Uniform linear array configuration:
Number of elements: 8
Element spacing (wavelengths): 0.75
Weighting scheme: hamming
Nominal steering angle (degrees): -60
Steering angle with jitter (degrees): -60.406
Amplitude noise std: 0.05
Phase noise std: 0.05

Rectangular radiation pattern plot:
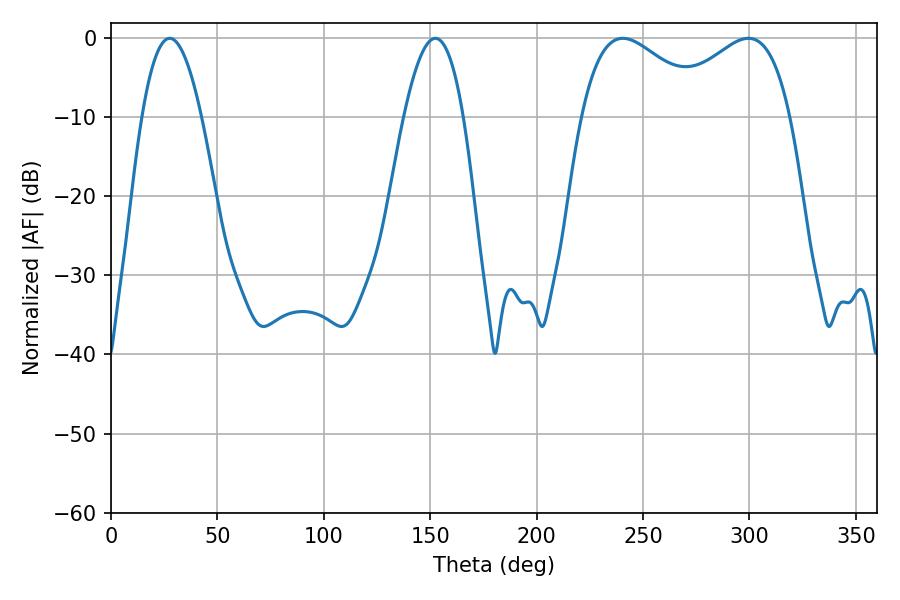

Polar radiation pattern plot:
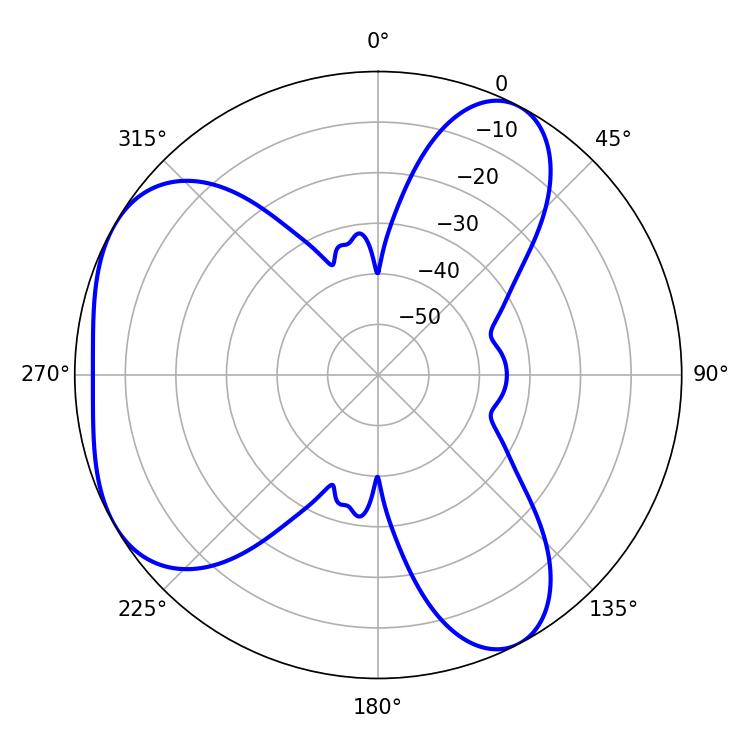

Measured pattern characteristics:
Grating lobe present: TRUE
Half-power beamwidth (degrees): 32.76
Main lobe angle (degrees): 240.48